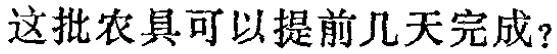
这批农具可以提前几天完成？